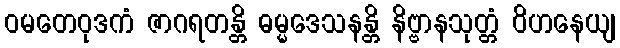
ဝမတေဝုဒကံ ဇာဂရတန္တိ ဓမ္မဒေသနန္တိ နိဗ္ဗာနသုတ္တံ ဝိဟနေယျ